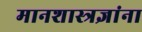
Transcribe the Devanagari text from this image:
मानशास्त्रज्ञांना